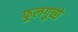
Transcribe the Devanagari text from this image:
फूलगुच्छे